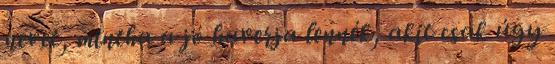
nevet, mintha a jó haverja lennék, akit csak úgy